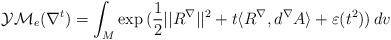
LaTeX: \begin{align*}\mathcal{YM}_e(\nabla ^t)=\int _M \exp\, (\frac 12||R ^\nabla||^2+t\langle R ^\nabla ,d^\nabla A \rangle+\varepsilon(t^2) )\, dv\end{align*}